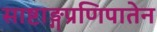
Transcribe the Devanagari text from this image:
साष्टाङ्गप्रणिपातेन